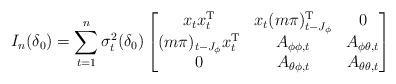
LaTeX: \begin{align*}I_{n}(\delta_{0}) =\sum_{t=1}^{n} \sigma^2_t(\delta_{0})\begin{bmatrix}x_{t}x_{t}^\mathrm{T} & x_{t}(m\pi)_{t-J_\phi}^\mathrm{T} & 0\\(m\pi)_{t-J_\phi}x_{t}^\mathrm{T} & A_{\phi\phi,t} & A_{\phi\theta,t}\\0 & A_{\theta\phi,t} & A_{\theta\theta,t}\end{bmatrix}\end{align*}